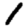
Digit: 1